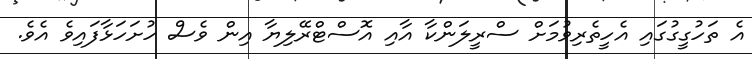
އެ ތަހުގީގުގައި އެހީތެރިވުމަށް ސްރީލަންކާ އާއި އޮސްޓްރޭލިޔާ އިން ވެސް ހުށަހަޅާފައިވެ އެވެ.